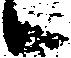
候